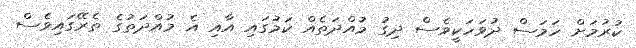
ކުރުމަށް ހަމަސް ދުވަހަކީވެސް ދިގު މުއްދަތެއް ކަމުގައި އާއި އެ މުއްދަތުގެ ތެރޭގައިވެސް